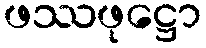
ဖဿဖုဋ္ဌော